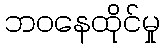
ဘဝနေထိုင်မှု